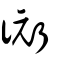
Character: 衏